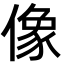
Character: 像